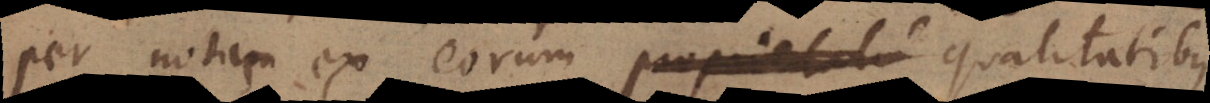
per notam ex eorum proprietati qualitatibus